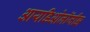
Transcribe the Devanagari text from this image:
आयडिओलॉजीझ